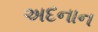
અદનાન